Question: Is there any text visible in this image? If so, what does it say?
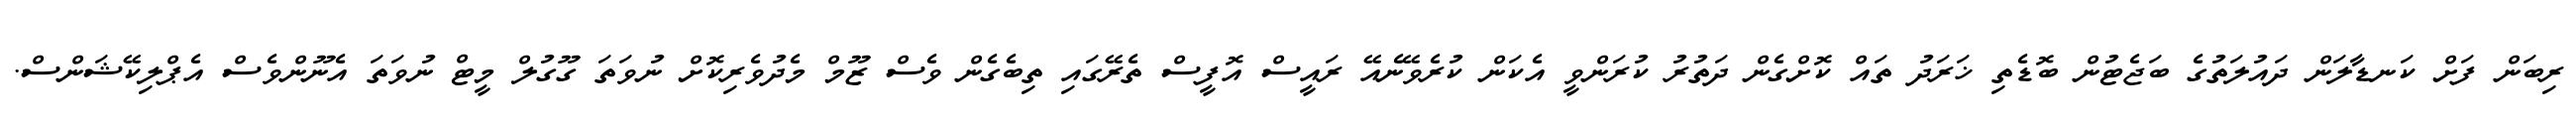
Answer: ރިބަން ފަށް ކަނޑާލަން ދައުލަތުގެ ބަޖެޓުން ބޮޑެތި ޚަރަދު ތައް ކޮށްގެން ދަތުރު ކުރަންވީ އެކަން ކުރެވޭނެއޭ ރައީސް އޮފީސް ތެރޭގައި ތިބެގެން ވެސް ޒޫމް މެދުވެރިކޮށް ނުވަތަ ގޫގުލް މީޓް ނުވަތަ އެނޫންވެސް އެޕްލިކޭޝަންސް.